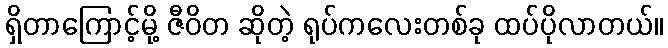
ရှိတာကြောင့်မို့ ဇီဝိတ ဆိုတဲ့ ရုပ်ကလေးတစ်ခု ထပ်ပိုလာတယ်။